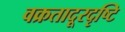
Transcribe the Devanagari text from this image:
वक्रतादूरदृष्टि